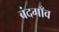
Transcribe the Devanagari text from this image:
बंदगाँव